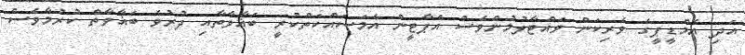
އަދި އެމްޑީޕީގެ ވެރިކަން ވައްޓާލުމުންވެސް އެޕާޓީން އެމަސައްކަތްކުރީ ބަޣާވާތާއި ދުރުވެ ބަޣާވާތް ކުުރުމާވެސް